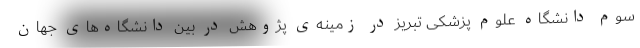
سوم دانشگاه علوم پزشکی تبریز در زمینه‌ی پژوهش در بین دانشگاه‌های جهان